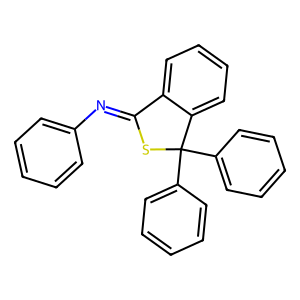
SMILES: c1ccc(N=C2SC(c3ccccc3)(c3ccccc3)c3ccccc32)cc1
Inhibits HIV replication: No